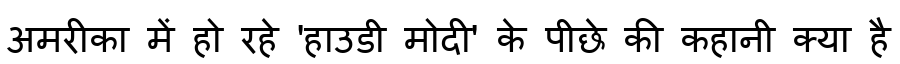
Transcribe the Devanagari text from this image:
अमरीका में हो रहे 'हाउडी मोदी' के पीछे की कहानी क्या है